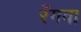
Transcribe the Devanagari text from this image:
रँगवा